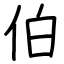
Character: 伯